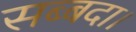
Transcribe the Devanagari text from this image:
सब्बदा।